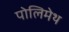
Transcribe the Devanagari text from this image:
पोलिमेथ